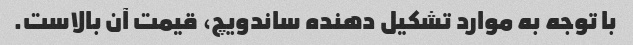
با توجه به موارد تشکیل دهنده ساندویچ، قیمت آن بالاست.